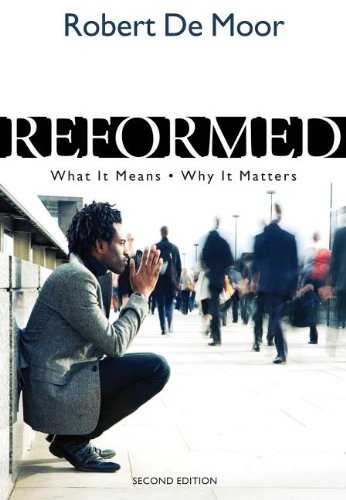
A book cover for Reformed: What It Means, Why It Matters; Robert De Moor; Christian Books & Bibles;